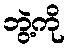
ဘွဲ့ကို